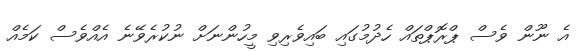
އެ ނޫން ވެސް ޕްރޮޕްތައް ހެދުމުގައި ބައިވެރިވި މީހުންނަށް ނުކުރެވޭނެ އެއްވެސް ކަމެއް